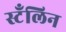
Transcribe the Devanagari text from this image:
स्टँलिन